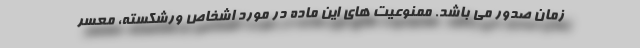
زمان صدور می باشد. ممنوعیت های این ماده در مورد اشخاص ورشکسته، معسر